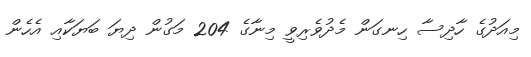
މިއަދުގެ ހާދިސާ ހިނގަން މެދުވެރިވީ މިނާގެ 204 މަގުން ދިޔަ ބަޔަކާއި އެހެން